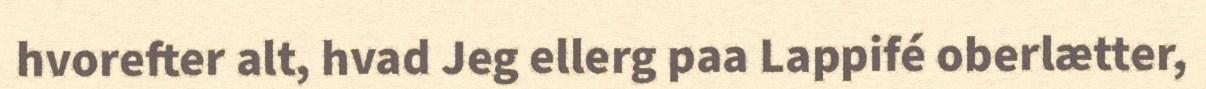
hvorefter alt, hvad Jeg ellerg paa Lappifé oberlætter,